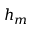
h _ { m }